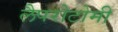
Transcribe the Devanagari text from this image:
लैपरोटोमी